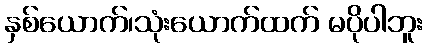
နှစ်ယောက်၊သုံးယောက်ထက် မပိုပါဘူး